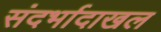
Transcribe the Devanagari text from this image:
संदर्भादाखल